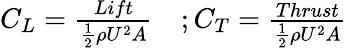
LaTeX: \begin{array}{r}{\begin{array}{cc}{C_{L}=\frac{Lift}{\frac{1}{2}\rho U^{2}A}}&{;C_{T}=\frac{Thrust}{\frac{1}{2}\rho U^{2}A}}\end{array}}\end{array}